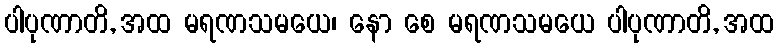
ပါပုဏာတိ, အထ မရဏသမယေ၊ နော စေ မရဏသမယေ ပါပုဏာတိ, အထ